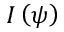
I \left( \psi \right)